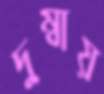
দুম্বায়